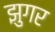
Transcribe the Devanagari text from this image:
झुगर